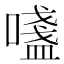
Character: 𫫷